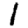
Digit: 1